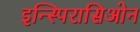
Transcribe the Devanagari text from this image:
इन्स्पिरासिओन